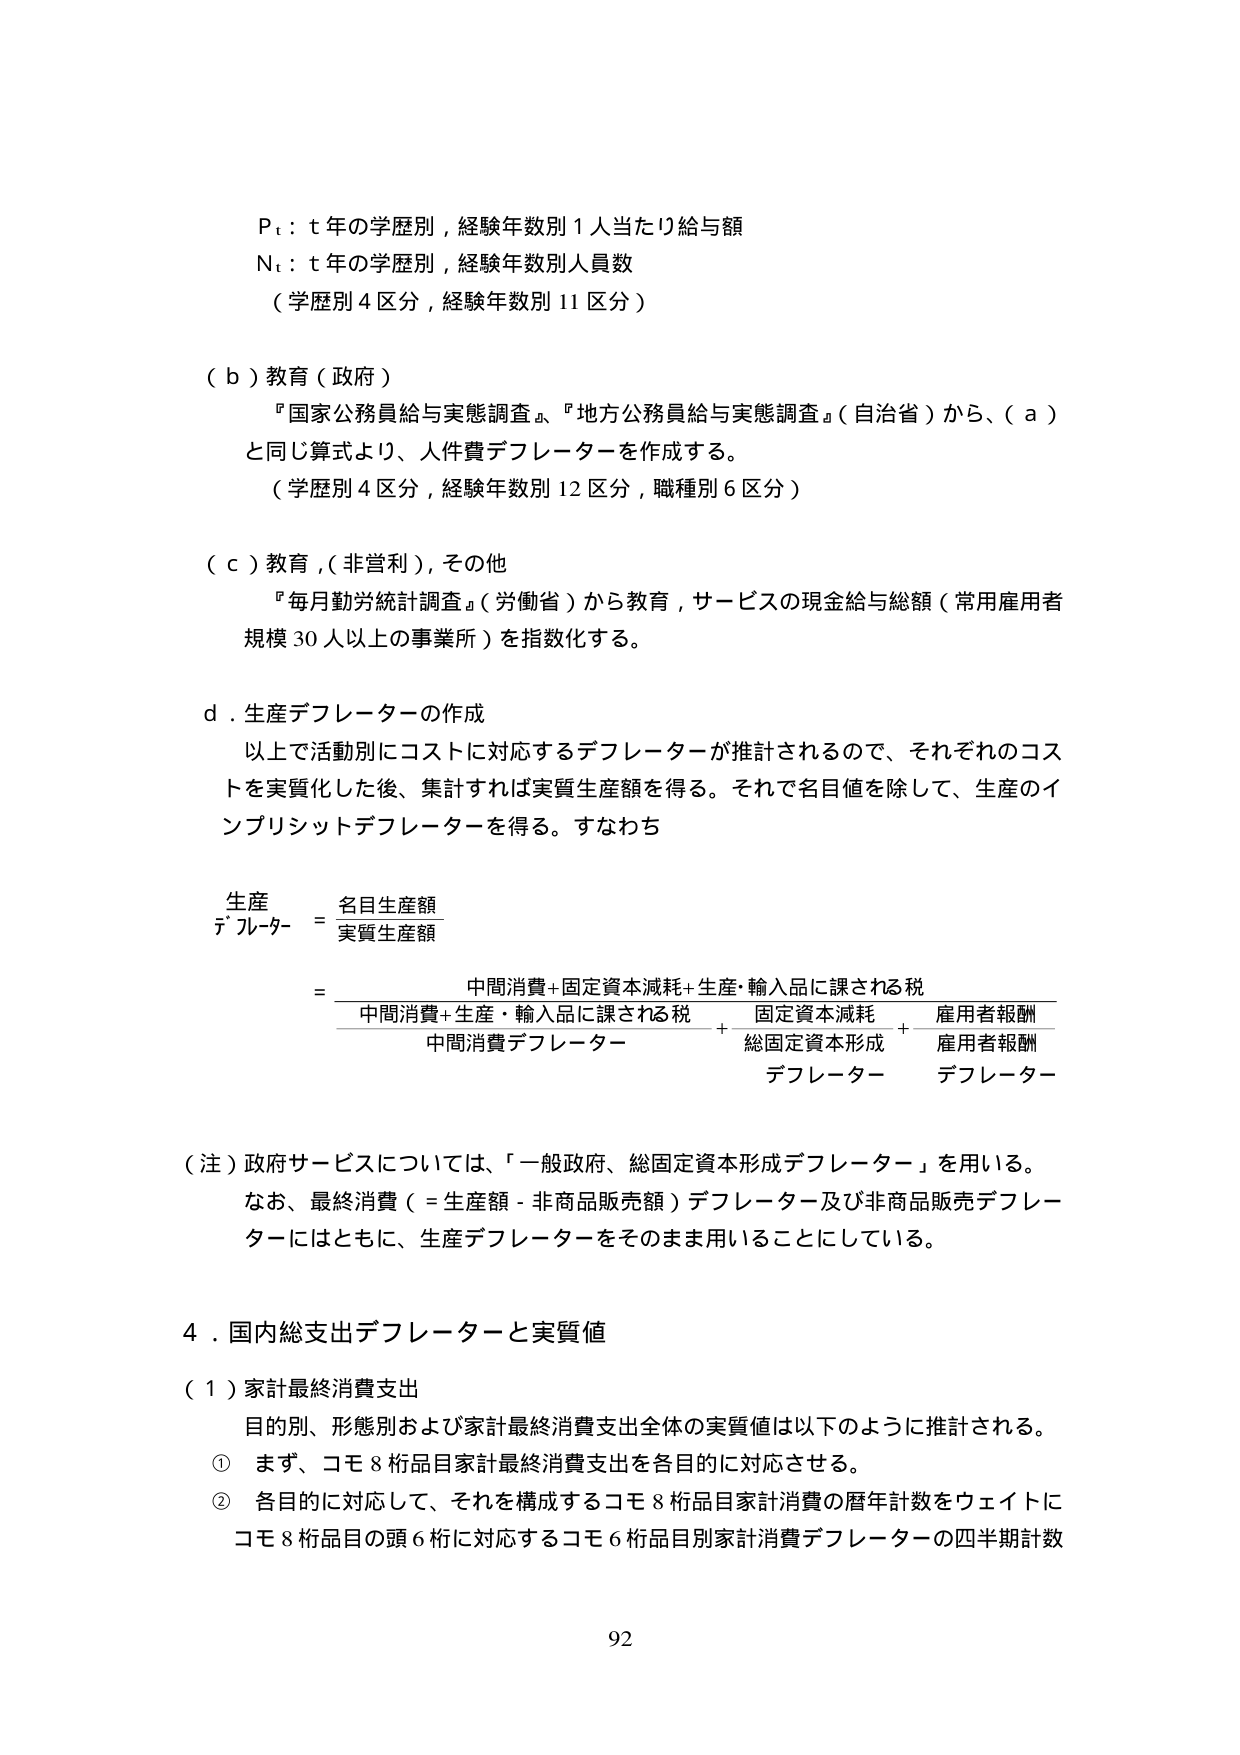
P t : t 年の学歴別，経験年数別 1 人当たり給与額
N t : t 年の学歴別，経験年数別人員数
（学歴別 4 区分，経験年数別 11 区分）

（ｂ）教育（政府）
『国家公務員給与実態調査』、『地方公務員給与実態調査』（自治省）から、（ａ）
と同じ算式より、人件費デフレーターを作成する。
（学歴別 4 区分，経験年数別 12 区分，職種別 6 区分）

（ｃ）教育，（非営利），その他
『毎月勤労統計調査』（労働省）から教育，サービスの現金給与総額（常用雇用者
規模 30 人以上の事業所）を指数化する。

ｄ．生産デフレーターの作成
以上で活動別にコストに対応するデフレーターが推計されるので、それぞれのコス
トを実質化した後、集計すれば実質生産額を得る。それで名目値を除して、生産のイ
ンプリシットデフレーターを得る。すなわち

生産
デフレーター = 名目生産額
　　　　　　　　実質生産額

　　　= 中間消費＋固定資本減耗＋生産・輸入品に課される税
　　　　　　中間消費＋生産・輸入品に課される税　＋　固定資本減耗　＋　雇用者報酬
　　　　　　　　　中間消費デフレーター　　　　　　総固定資本形成　　雇用者報酬
　　　　　　　　　　　　　　　　　　　　　　　　　　　デフレーター　　デフレーター

（注）政府サービスについては、「一般政府、総固定資本形成デフレーター」を用いる。
　　なお、最終消費（＝生産額－非商品販売額）デフレーター及び非商品販売デフレー
　　ターにはともに、生産デフレーターをそのまま用いることにしている。

４．国内総支出デフレーターと実質値
（１）家計最終消費支出
　　目的別、形態別および家計最終消費支出全体の実質値は以下のように推計される。
　　① まず、コモ８桁品目家計最終消費支出を各目的に対応させる。
　　② 各目的に対応して、それを構成するコモ８桁品目家計消費の暦年計数をウェイトに
　　　コモ８桁品目の頭６桁に対応するコモ６桁品目別家計消費デフレーターの四半期計数

92